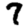
Digit: 7